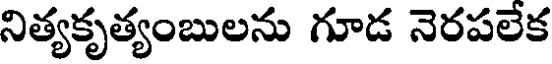
నిత్యకృత్యంబులను గూడ నెరపలేక